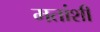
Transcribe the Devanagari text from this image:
मतांशी